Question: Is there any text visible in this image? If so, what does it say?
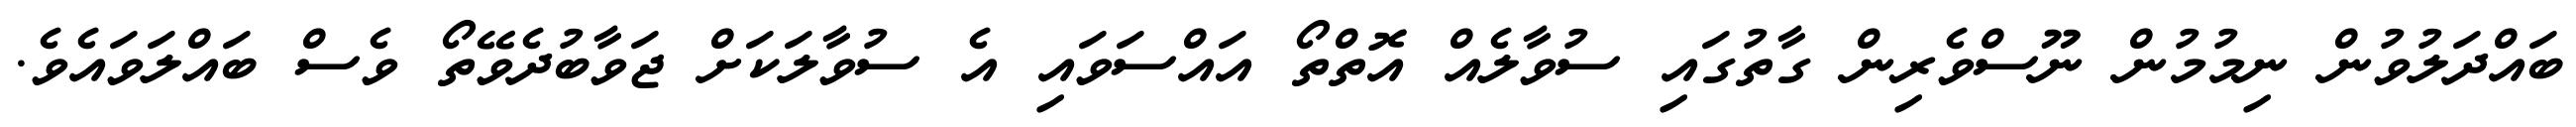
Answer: ބައްދަލުވުން ނިމުމުން ނޫސްވެރިން ގާތުގައި ސުވާލެއް އޮތްތޯ އައްސަވައި އެ ސުވާލަކަށް ޖަވާބުދެވޭތޯ ވެސް ބައްލަވައެވެ.